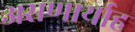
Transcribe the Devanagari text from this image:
असणार्याह